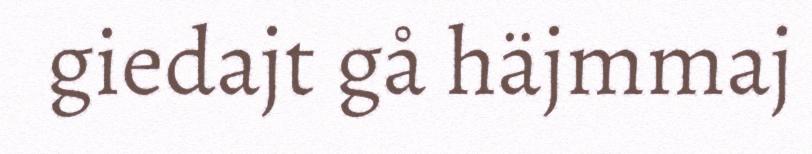
giedajt gå häjmmaj